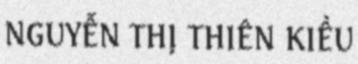
NGUYỄN THỊ THIÊN KIỀU